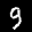
Label: 9